Scottish Leaving Certificate Examination, 1955
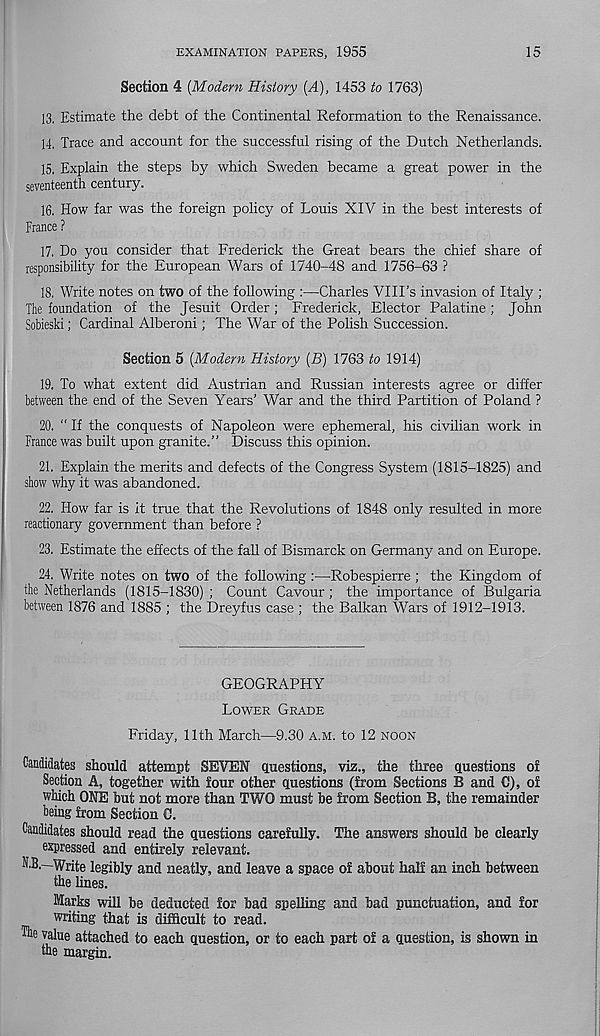
EXAMINATION PAPERS, 1955
15
Section 4 [Modern History [A), 1453 to 1763)
13. Estimate the debt of the Continental Reformation to the Renaissance.
14. Trace and account for the successful rising of the Dutch Netherlands.
15. Explain the steps by which Sweden became a great power in the
seventeenth century.
16. How far was the foreign policy of Louis XIV in the best interests of
France ?
17. Do you consider that Frederick the Great bears the chief share of
responsibility for the European Wars of 1740-48 and 1756-63 ?
18. Write notes on two of the following :—Charles VIII’s invasion of Italy ;
The foundation of the Jesuit Order; Frederick, Elector Palatine ; John
Sobieski; Cardinal Alberoni; The War of the Polish Succession.
Section 5 [Modern History [B) 1763 to 1914)
19. To what extent did Austrian and Russian interests agree or differ
between the end of the Seven Years’ War and the third Partition of Poland ?
20. “ If the conquests of Napoleon were ephemeral, his civilian work in
France was built upon granite.” Discuss this opinion.
21. Explain the merits and defects of the Congress System (1815-1825) and
show why it was abandoned.
22. How far is it true that the Revolutions of 1848 only resulted in more
reactionary government than before ?
23. Estimate the effects of the fall of Bismarck on Germany and on Europe.
24. Write notes on two of the following:—Robespierre ; the Kingdom of
the Netherlands (1815-1830) ; Count Cavour; the importance of Bulgaria
between 1876 and 1885 ; the Dreyfus case ; the Balkan Wars of 1912-1913.
GEOGRAPHY
LOWER GRADE
Friday, 11th March—9.30 A.M. to 12 NOON
Candidates should attempt SEVEN questions, viz., the three questions of
Section A, together with four other questions (from Sections B and C), of
which ONE but not more than TWO must be from Section B, the remainder
being from Section C.
Candidates should read the questions carefully. The answers should be clearly
expressed and entirely relevant.
N.B.—Write legibly and neatly, and leave a space of about half an inch between
the lines.
Marks will be deducted for bad spelling and bad punctuation, and for
writing that is difficult to read.
value attached to each question, or to each part of a question, is shown in
the margin.